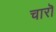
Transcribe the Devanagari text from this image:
चारॊ